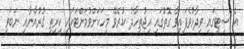
އެ ސިޓީގައި ވިދާޅުވެފައިވާ ގޮތުގައި އިޖުތިހާދު ކުރެވޭ މީހަކަށްވުމަށްޓަކައި ކީރިތި ޤުރުއާނާއި ނަބަވީ